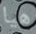
هيا